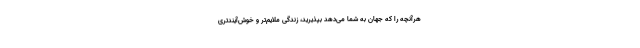
هرآنچه را که جهان به شما می‌دهد بپذیرید، زندگی ملایم‌تر و خوش‌آیندتری